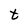
Character: t